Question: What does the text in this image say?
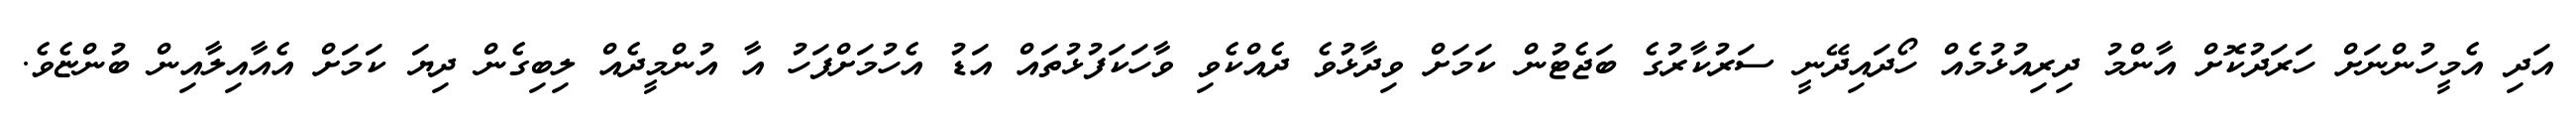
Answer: އަދި އެމީހުންނަށް ހަރަދުކޮށް އާންމު ދިރިއުޅުމެއް ހޯދައިދޭނީ ސަރުކާރުގެ ބަޖެޓުން ކަމަށް ވިދާޅުވެ ދެއްކެވި ވާހަކަފުޅުތައް އަޑު އެހުމަށްފަހު އާ އުންމީދެއް ލިބިގެން ދިޔަ ކަމަށް އެއާއިލާއިން ބުންޏެވެ.